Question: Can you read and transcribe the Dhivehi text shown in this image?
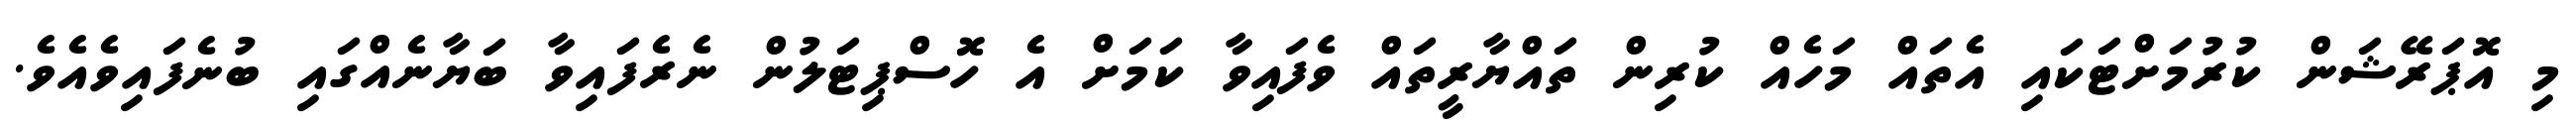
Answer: މި އޮޕަރޭޝަން ކުރުމަށްޓަކައި އެތައް މަހެއް ކުރިން ތައްޔާރީތައް ވެފައިވާ ކަމަށް އެ ހޮސްޕިޓަލުން ނެރެފައިވާ ބަޔާނެއްގައި ބުނެފައިވެއެވެ.